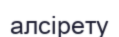
алсірету